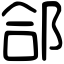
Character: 郃